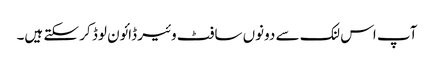
آپ اس لنک سے دونوں سافٹ وئیر ڈائون لوڈ کر سکتے ہیں۔